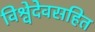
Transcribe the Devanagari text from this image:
विश्वेदेवसहित